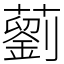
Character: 藰